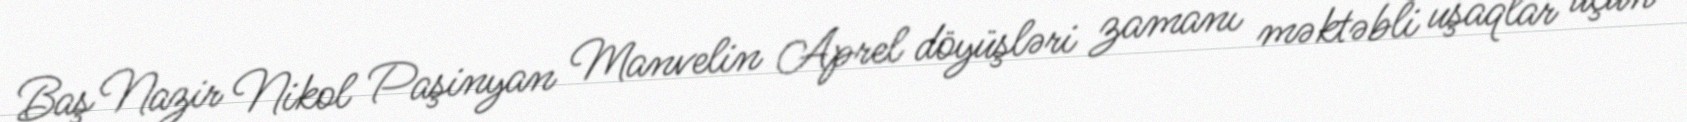
Baş Nazir Nikol Paşinyan Manvelin Aprel döyüşləri zamanı məktəbli uşaqlar üçün